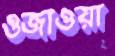
ওজাওয়া